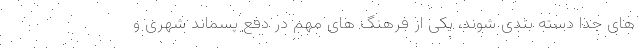
های جدا دسته بندی شوند، یکی از فرهنگ های مهم در دفع پسماند شهری و